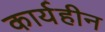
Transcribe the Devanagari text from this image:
कार्यहीन